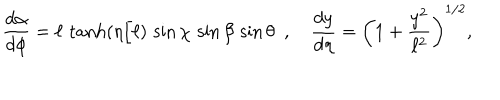
LaTeX: \frac { d \alpha } { d \phi } = \ell \, \tanh ( \eta / \ell ) \, \sin \chi \, \sin \beta \, \sin \theta \, \, \, , \, \, \, \, \, \, \frac { d y } { d \eta } = \left( 1 + \frac { y ^ { 2 } } { \ell ^ { 2 } } \right) ^ { 1 / 2 } ,